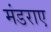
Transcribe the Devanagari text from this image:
मंडराए